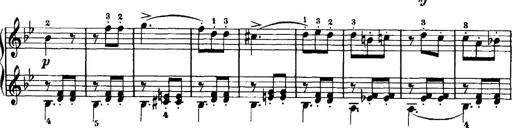
Title: 7 Sonatinas
Composer: Anton Diabelli